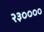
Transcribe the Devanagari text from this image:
२३००००